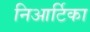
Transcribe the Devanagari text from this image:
निआर्टिका